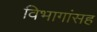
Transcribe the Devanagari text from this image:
विभागांसह